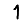
Digit: 1